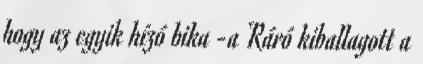
hogy az egyik hízó bika -a Ráró kiballagott a